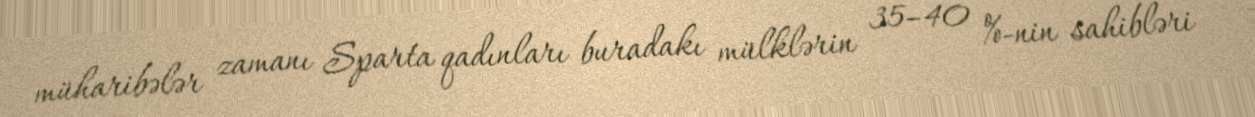
müharibələr zamanı Sparta qadınları buradakı mülklərin 35–40 %-nin sahibləri